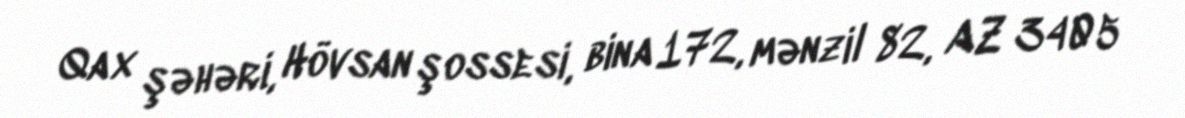
Qax şəhəri, Hövsan şossesi, bina 172, mənzil 82, AZ 3405